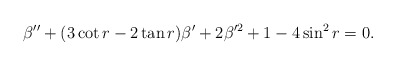
\begin{align*}\beta''+(3\cot r-2\tan r)\beta'+2 \beta'^2+1-4\sin^2r=0.\end{align*}